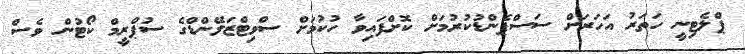
ޕްލެޓިނީ ހަތަރު އަހަރަށް ސަސްޕެންޑުކުރުމަށް ކޮށްފައިވާ ހުކުމަށް ސްވިޓްޒަލޭންޑްގެ ސުޕްރީމް ކޯޓުން ވެސް